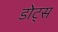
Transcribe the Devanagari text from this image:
डोट्स